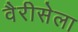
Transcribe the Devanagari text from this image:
वैरीसेला